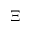
\Xi